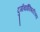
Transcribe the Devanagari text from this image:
दुर्गाबाईंविषयीच्या